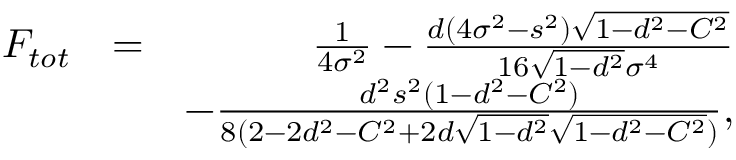
\begin{array} { r l r } { F _ { t o t } } & { = } & { \frac { 1 } { 4 \sigma ^ { 2 } } - \frac { d ( 4 \sigma ^ { 2 } - s ^ { 2 } ) \sqrt { 1 - d ^ { 2 } - C ^ { 2 } } } { 1 6 \sqrt { 1 - d ^ { 2 } } \sigma ^ { 4 } } } \\ & { } & { - \frac { d ^ { 2 } s ^ { 2 } ( 1 - d ^ { 2 } - C ^ { 2 } ) } { 8 ( 2 - 2 d ^ { 2 } - C ^ { 2 } + 2 d \sqrt { 1 - d ^ { 2 } } \sqrt { 1 - d ^ { 2 } - C ^ { 2 } } ) } , } \end{array}